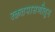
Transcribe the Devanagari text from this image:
रक्ततपासणीतून